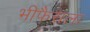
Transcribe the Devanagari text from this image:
भीफैसला